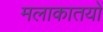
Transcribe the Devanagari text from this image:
मलाकातयों